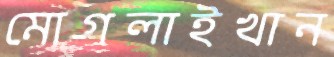
মোগলাইখান